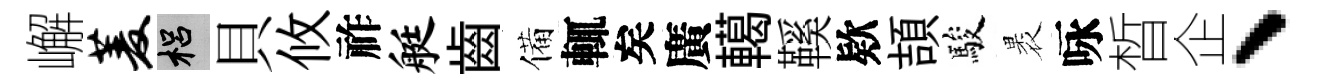
嶰菱梠貝攸祚艇齒備輒矣廣轕鞵欵頡駿褁咏晳企、